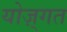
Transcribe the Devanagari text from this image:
योज़्गत